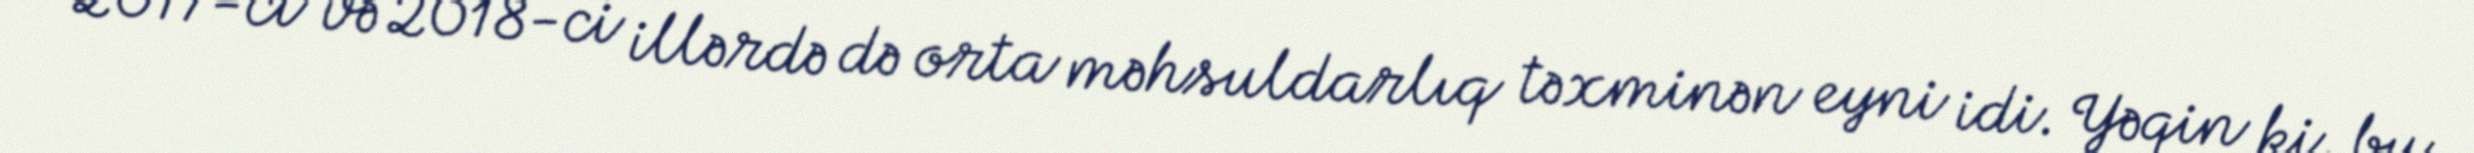
2017-ci və 2018-ci illərdə də orta məhsuldarlıq təxminən eyni idi. Yəqin ki, bu